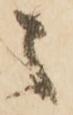
之